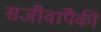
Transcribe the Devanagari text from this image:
सजीवांपैकी